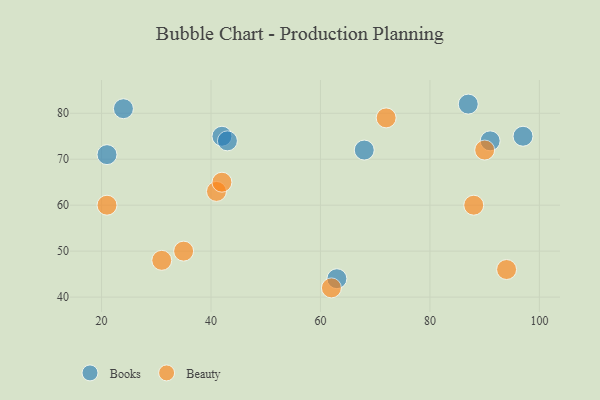
{"axis": {"x": "GDP", "y": "Life Expectancy"}, "legend": ["Beauty", "Books"], "data": [{"x": "97", "y": 75, "type": "Books"}, {"x": "63", "y": 44, "type": "Books"}, {"x": "91", "y": 74, "type": "Books"}, {"x": "87", "y": 82, "type": "Books"}, {"x": "24", "y": 81, "type": "Books"}, {"x": "21", "y": 71, "type": "Books"}, {"x": "68", "y": 72, "type": "Books"}, {"x": "42", "y": 75, "type": "Books"}, {"x": "43", "y": 74, "type": "Books"}, {"x": "94", "y": 46, "type": "Beauty"}, {"x": "31", "y": 48, "type": "Beauty"}, {"x": "90", "y": 72, "type": "Beauty"}, {"x": "72", "y": 79, "type": "Beauty"}, {"x": "21", "y": 60, "type": "Beauty"}, {"x": "41", "y": 63, "type": "Beauty"}, {"x": "62", "y": 42, "type": "Beauty"}, {"x": "42", "y": 65, "type": "Beauty"}, {"x": "35", "y": 50, "type": "Beauty"}, {"x": "88", "y": 60, "type": "Beauty"}]}